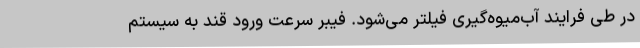
در طی فرایند آب‌میوه‌گیری فیلتر می‌شود. فیبر سرعت ورود قند به سیستم